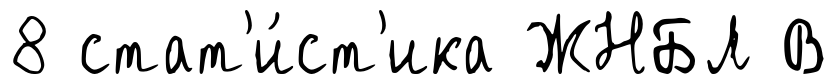
8 стат'и́ст'ика ЖНБЛ В